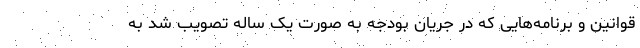
قوانین و برنامه‌هایی که در جریان بودجه به صورت یک ساله تصویب شد به